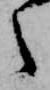
ら